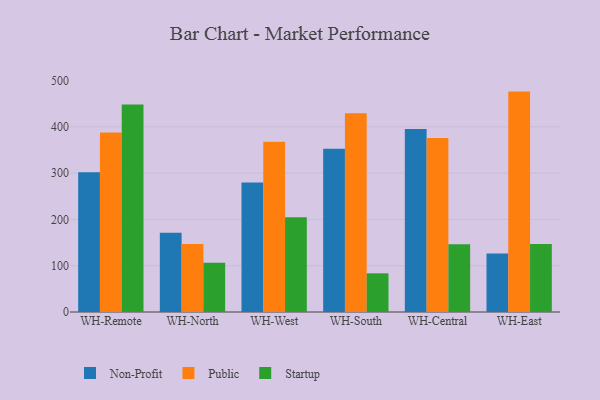
{"axis": {"x": "Warehouse", "y": "Bounce Rate (%)"}, "legend": ["Non-Profit", "Public", "Startup"], "data": [{"x": "WH-Remote", "y": 301.6, "type": "Non-Profit"}, {"x": "WH-Remote", "y": 387.9, "type": "Public"}, {"x": "WH-Remote", "y": 448.3, "type": "Startup"}, {"x": "WH-North", "y": 171.3, "type": "Non-Profit"}, {"x": "WH-North", "y": 146.8, "type": "Public"}, {"x": "WH-North", "y": 106.3, "type": "Startup"}, {"x": "WH-West", "y": 279.8, "type": "Non-Profit"}, {"x": "WH-West", "y": 367.6, "type": "Public"}, {"x": "WH-West", "y": 204.8, "type": "Startup"}, {"x": "WH-South", "y": 352.6, "type": "Non-Profit"}, {"x": "WH-South", "y": 429.5, "type": "Public"}, {"x": "WH-South", "y": 83.5, "type": "Startup"}, {"x": "WH-Central", "y": 395.1, "type": "Non-Profit"}, {"x": "WH-Central", "y": 375.6, "type": "Public"}, {"x": "WH-Central", "y": 146.5, "type": "Startup"}, {"x": "WH-East", "y": 126.5, "type": "Non-Profit"}, {"x": "WH-East", "y": 476.0, "type": "Public"}, {"x": "WH-East", "y": 147.1, "type": "Startup"}]}